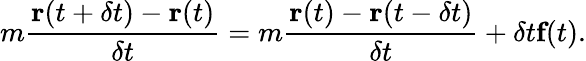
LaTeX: m\frac{\textbf{r}(t+\delta t)-\textbf{r}(t)}{\delta t}=m\frac{\textbf{r}(t)-\textbf{r}(t-\delta t)}{\delta t}+\delta t\textbf{f}(t).